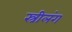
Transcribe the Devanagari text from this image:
स्त्रीलंग